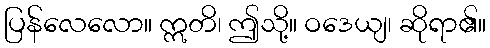
ပြန်လေလော။ ဣတိ၊ ဤသို့။ ဝဒေယျ၊ ဆိုရာ၏။